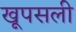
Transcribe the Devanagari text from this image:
खूपसली